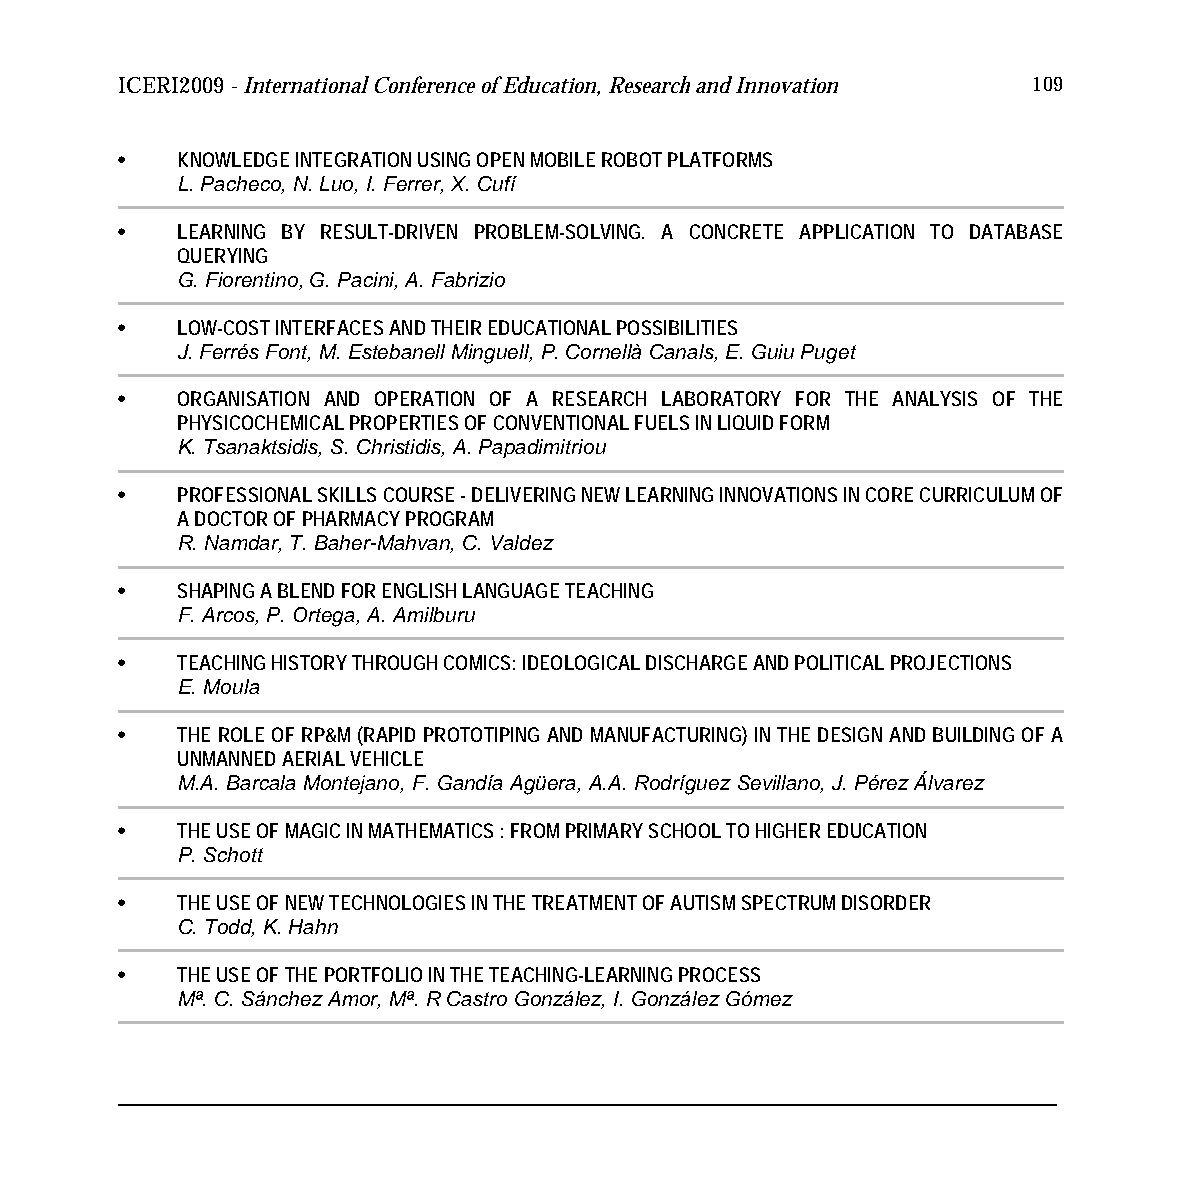
ICERI2009 - International Conference of Education, Research and Innovation 109
 •   KNOWLEDGE INTEGRATION USING OPEN MOBILE ROBOT PLATFORMS
 L. Pacheco, N. Luo, I. Ferrer, X. Cufí
 •   LEARNING BY RESULT-DRIVEN PROBLEM-SOLVING. A CONCRETE APPLICATION TO DATABASE
 QUERYING
 G. Fiorentino, G. Pacini, A. Fabrizio
 •   LOW-COST INTERFACES AND THEIR EDUCATIONAL POSSIBILITIES
 J. Ferrés Font, M. Estebanell Minguell, P. Cornellà Canals, E. Guiu Puget
 •   ORGANISATION AND OPERATION OF A RESEARCH LABORATORY FOR THE ANALYSIS OF THE
 PHYSICOCHEMICAL PROPERTIES OF CONVENTIONAL FUELS IN LIQUID FORM
 K. Tsanaktsidis, S. Christidis, A. Papadimitriou
 •   PROFESSIONAL SKILLS COURSE - DELIVERING NEW LEARNING INNOVATIONS IN CORE CURRICULUM OF
 A DOCTOR OF PHARMACY PROGRAM
 R. Namdar, T. Baher-Mahvan, C. Valdez
 •   SHAPING A BLEND FOR ENGLISH LANGUAGE TEACHING
 F. Arcos, P. Ortega, A. Amilburu
 •   TEACHING HISTORY THROUGH COMICS: IDEOLOGICAL DISCHARGE AND POLITICAL PROJECTIONS
 E. Moula
 •   THE ROLE OF RP&M (RAPID PROTOTIPING AND MANUFACTURING) IN THE DESIGN AND BUILDING OF A
 UNMANNED AERIAL VEHICLE
 M.A. Barcala Montejano, F. Gandía Agüera, A.A. Rodríguez Sevillano, J. Pérez Álvarez
 •   THE USE OF MAGIC IN MATHEMATICS : FROM PRIMARY SCHOOL TO HIGHER EDUCATION
 P. Schott
 •   THE USE OF NEW TECHNOLOGIES IN THE TREATMENT OF AUTISM SPECTRUM DISORDER
 C. Todd, K. Hahn
 •   THE USE OF THE PORTFOLIO IN THE TEACHING-LEARNING PROCESS
 Mª. C. Sánchez Amor, Mª. R Castro González, I. González Gómez